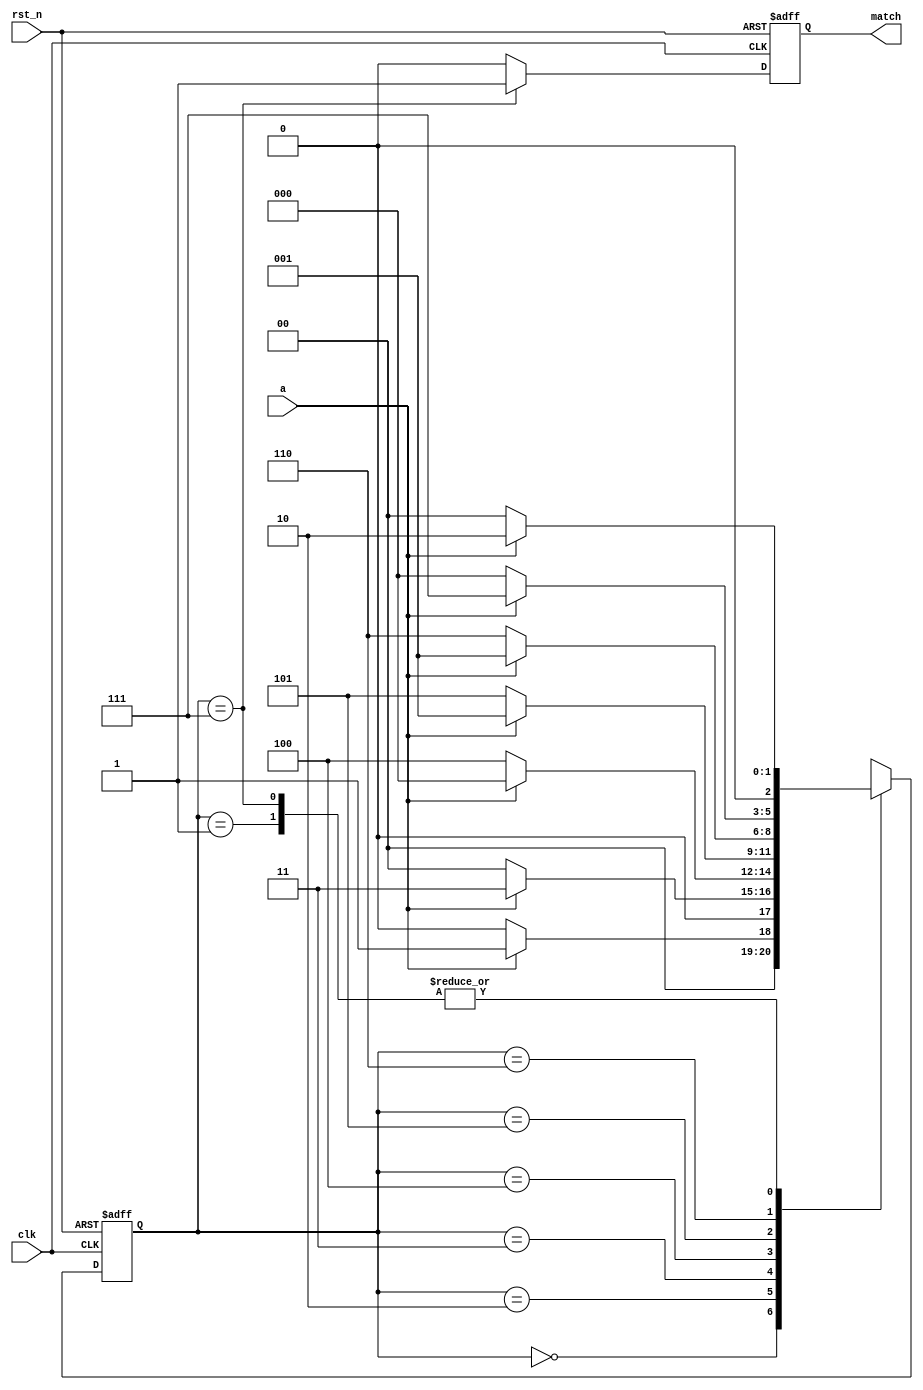
`timescale 1ns/1ns
module sequence_detect(
	input clk,
	input rst_n,
	input a,
	output reg match
	);

   reg[2:0] state, next_state;
   always @(posedge clk or negedge rst_n) begin
      if(!rst_n) state <= 0;
      else state <= next_state;
   end

   always @(*) begin
      case(state)
      0:begin
         if(a == 1) next_state = 1;
         else next_state = 0;
      end
      1:begin
         if(a == 1) next_state = 2;
         else next_state = 0;
      end
      2:begin
         if(a == 1) next_state = 3;
         else next_state = 0;
      end
      3:begin
         if(a == 1) next_state = 0;
         else next_state = 4;
      end
      4:begin
         if(a == 1) next_state = 1;
         else next_state = 5;
      end
      5:begin
         if(a == 1) next_state = 1;
         else next_state = 6;
      end
      6:begin
         if(a == 1) next_state = 7;
         else next_state = 0;
      end
      7:begin
         if(a == 1) next_state = 2;
         else next_state = 0;
      end
      default:next_state = 0;
      endcase
   end

   always @(posedge clk or negedge rst_n) begin
      if(!rst_n) match <= 0;
      else if (state == 7) match <= 1;
      else match <= 0;
   end



endmodule